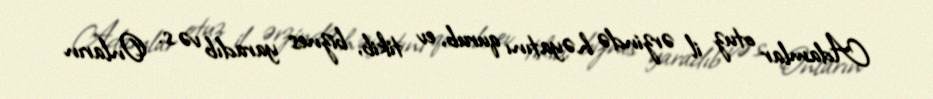
Adamlar otuz il ərzində həyatını qurub, ev tikib, biznes yaradıb və s. Onların